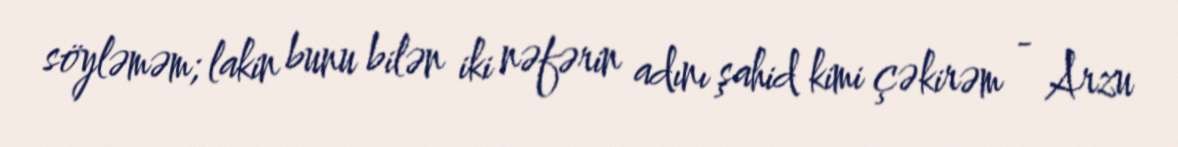
söyləməm; lakin bunu bilən iki nəfərin adını şahid kimi çəkirəm - Arzu